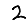
Digit: 2